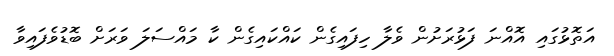
އަތޮޅުގައި އޮއްނަ ފަޅުރަށުން ވެލާ ހިފައިގެން ކައްކައިގެން ކާ މައްސަލަ ވަރަށް ބޮޑުވެފައިވާ